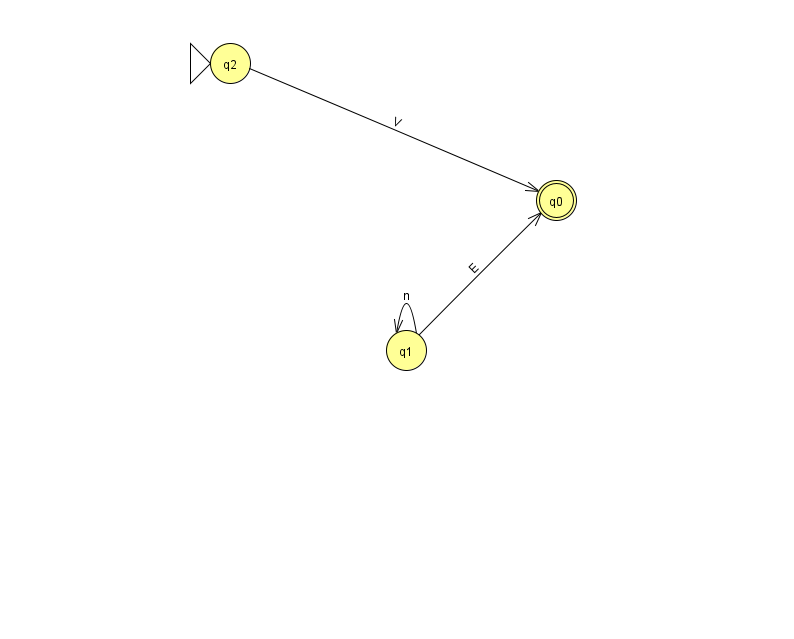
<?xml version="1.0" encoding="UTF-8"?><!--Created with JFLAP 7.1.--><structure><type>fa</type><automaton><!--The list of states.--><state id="0" name="q0"><x>556.0</x><y>187.0</y><final/></state><state id="1" name="q1"><x>406.0</x><y>337.0</y></state><state id="2" name="q2"><x>230.0</x><y>50.0</y><initial/></state><!--The list of transitions.--><transition><from>1</from><to>0</to><read>E</read></transition><transition><from>2</from><to>0</to><read>V</read></transition><transition><from>1</from><to>1</to><read>n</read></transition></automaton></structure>